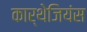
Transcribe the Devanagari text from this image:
कार्थेजियंस